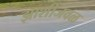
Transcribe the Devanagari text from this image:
झाशीजवळ